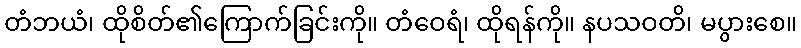
တံဘယံ၊ ထိုစိတ်၏ကြောက်ခြင်းကို။ တံဝေရံ၊ ထိုရန်ကို။ နပသဝတိ၊ မပွားစေ။